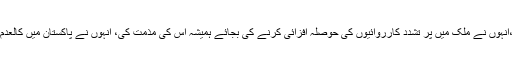
مولانا سمیع الحق نے ہمیشہ اپنے عمل سے ثابت کیا تھا کہ وہ ایک محب وطن اور پر امن پاکستانی ہیں ،انہوں نے ملک میں پر تشدد کارروائیوں کی حوصلہ افزائی کرنے کی بجائے ہمیشہ اس کی مذمت کی، انہوں نے پاکستان میں کالعدم تحریک طالبان اور حکومت پاکستان کے درمیان مذاکرات کی ایک کوشش میں بھی اہم کردار ادا کیا تھا۔